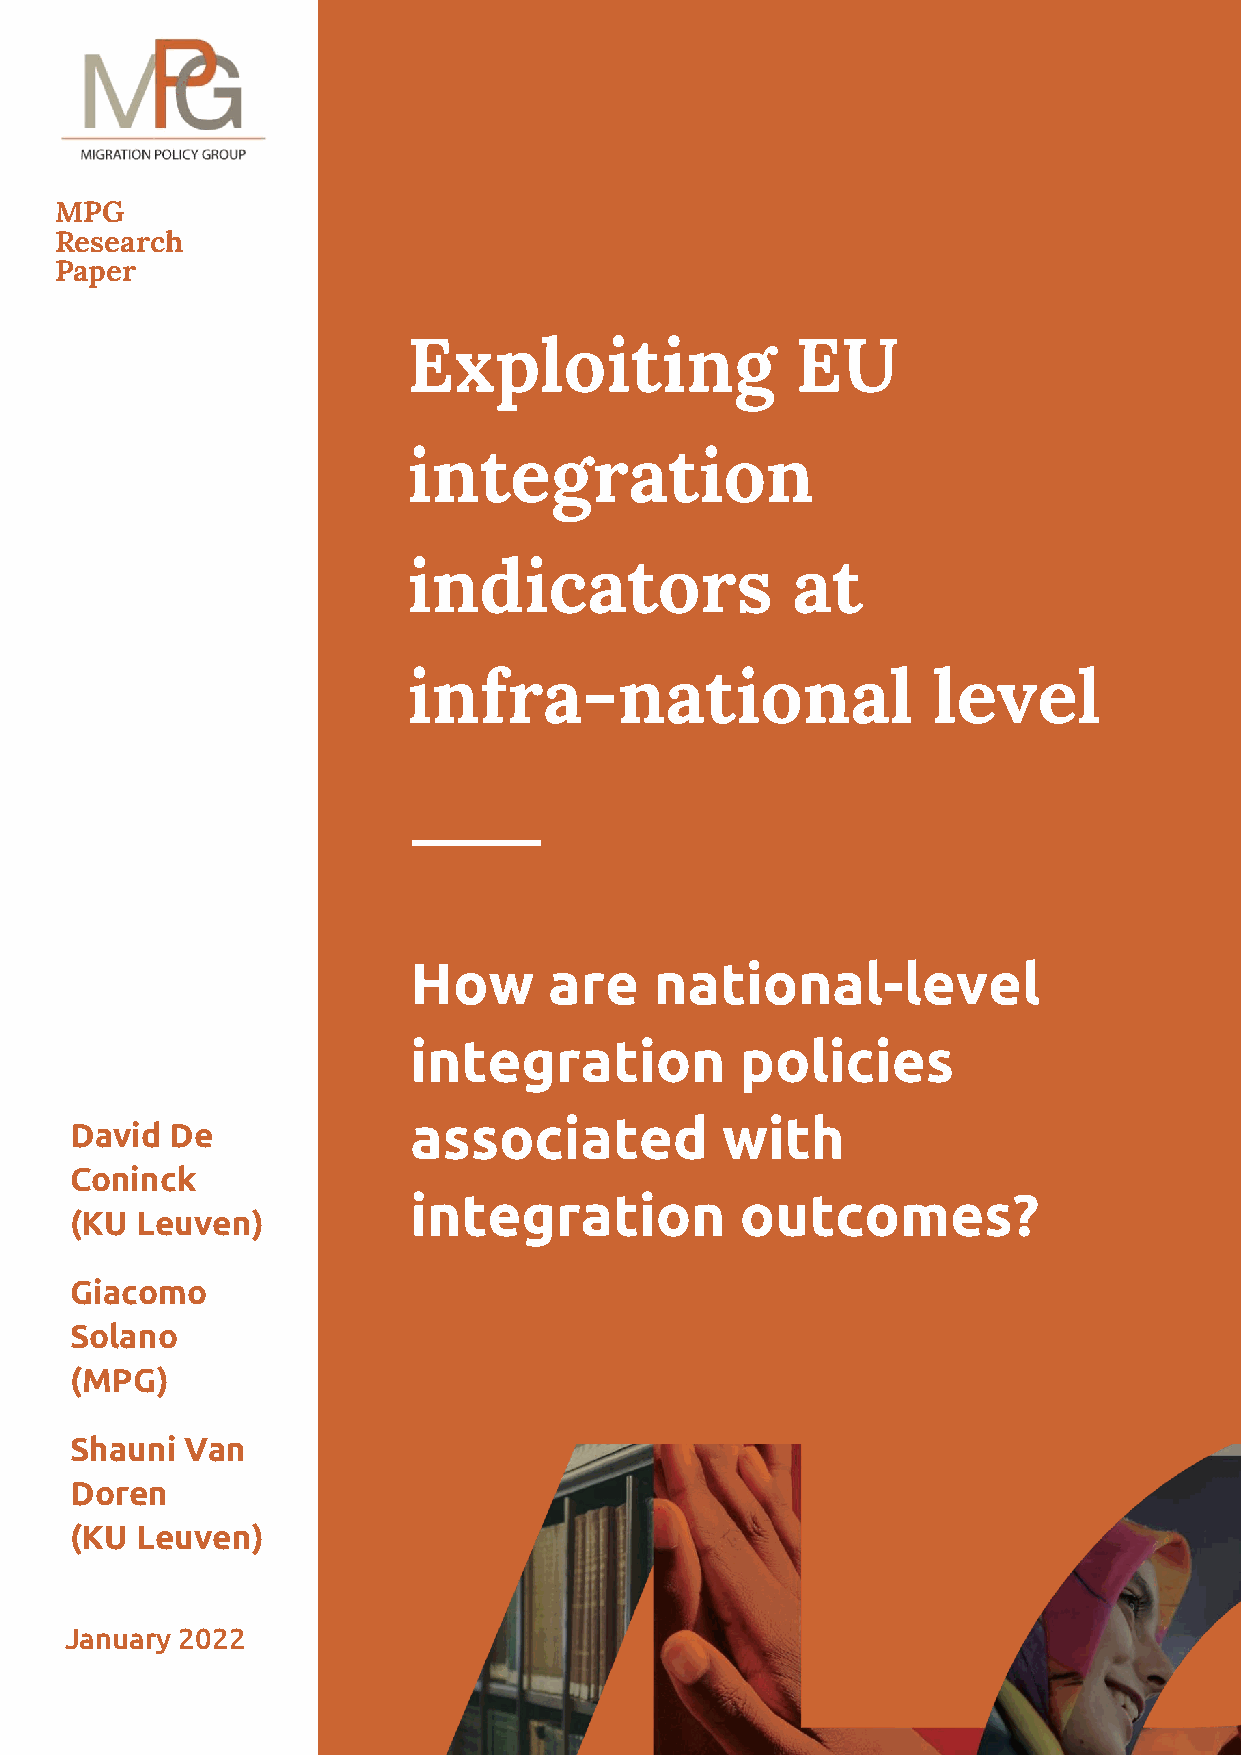
MPG
 Research
 Paper
 Exploiting                EU
 integration
 indicators               at
 infra-national                     level
 How      are    national-level
 integration           policies
 associated           with
 David De
 Coninck
 integration           outcomes?
 (KU Leuven)
 Giacomo
 Solano
 (MPG)
 Shaun i Van
 Doren
 (KU Leuven)
 January 2022